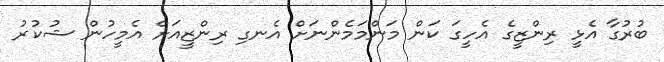
ބުރުގާ އެޅީ ރިންޒީގެ އެހީގަ ކަން މަންމަމެންނަށް އެނގި ރިންޒީއަށް އެމީހުން ޝުކުރު